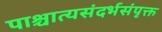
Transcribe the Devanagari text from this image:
पाश्चात्यसंदर्भसंपृक्त